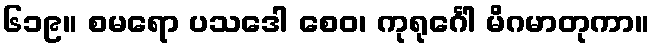
၆၁၉။ စမရော ပသဒေါ စေဝ၊ ကုရုင်္ဂေါ မိဂမာတုကာ။